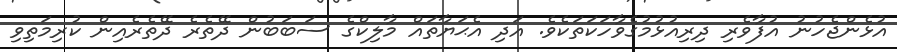
އުޅެންޖެހުނު އުފާވެރި ދިރިއުޅުމުގެވާހަކަތަކެވެ. އަދި އެޙަޔާތައް މާލިކްގެ ސަބަބުން ދޭތެރެ ދޭތެރެއިން ކުރިމަތިވި